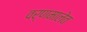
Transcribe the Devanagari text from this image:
वर्णमालेत